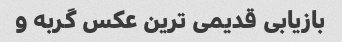
بازیابی قدیمی ترین عکس گربه و